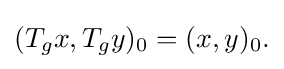
\displaystyle {(T_{g}x,T_{g}y)_{0}=(x,y)_{0}.}